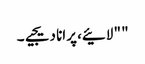
" " لائیے، پرانا دیجیے۔